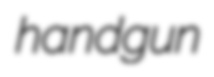
handgun